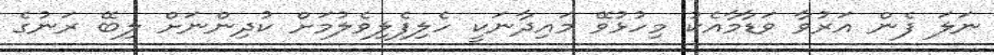
ނަލަ ފެން އަރުވާ ވަޑާމާއެކު މިހުޅުވޭ މައިދާނަކީ ހެލިފެލިވެލުމަށް ކުދިންނަށް ލިބޭ ރަނުގެ